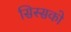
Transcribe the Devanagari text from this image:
सिस्सको